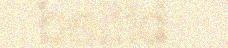
beliid